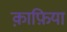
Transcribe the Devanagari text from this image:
क़ाफ़िया